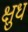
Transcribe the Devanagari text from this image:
क्षुध